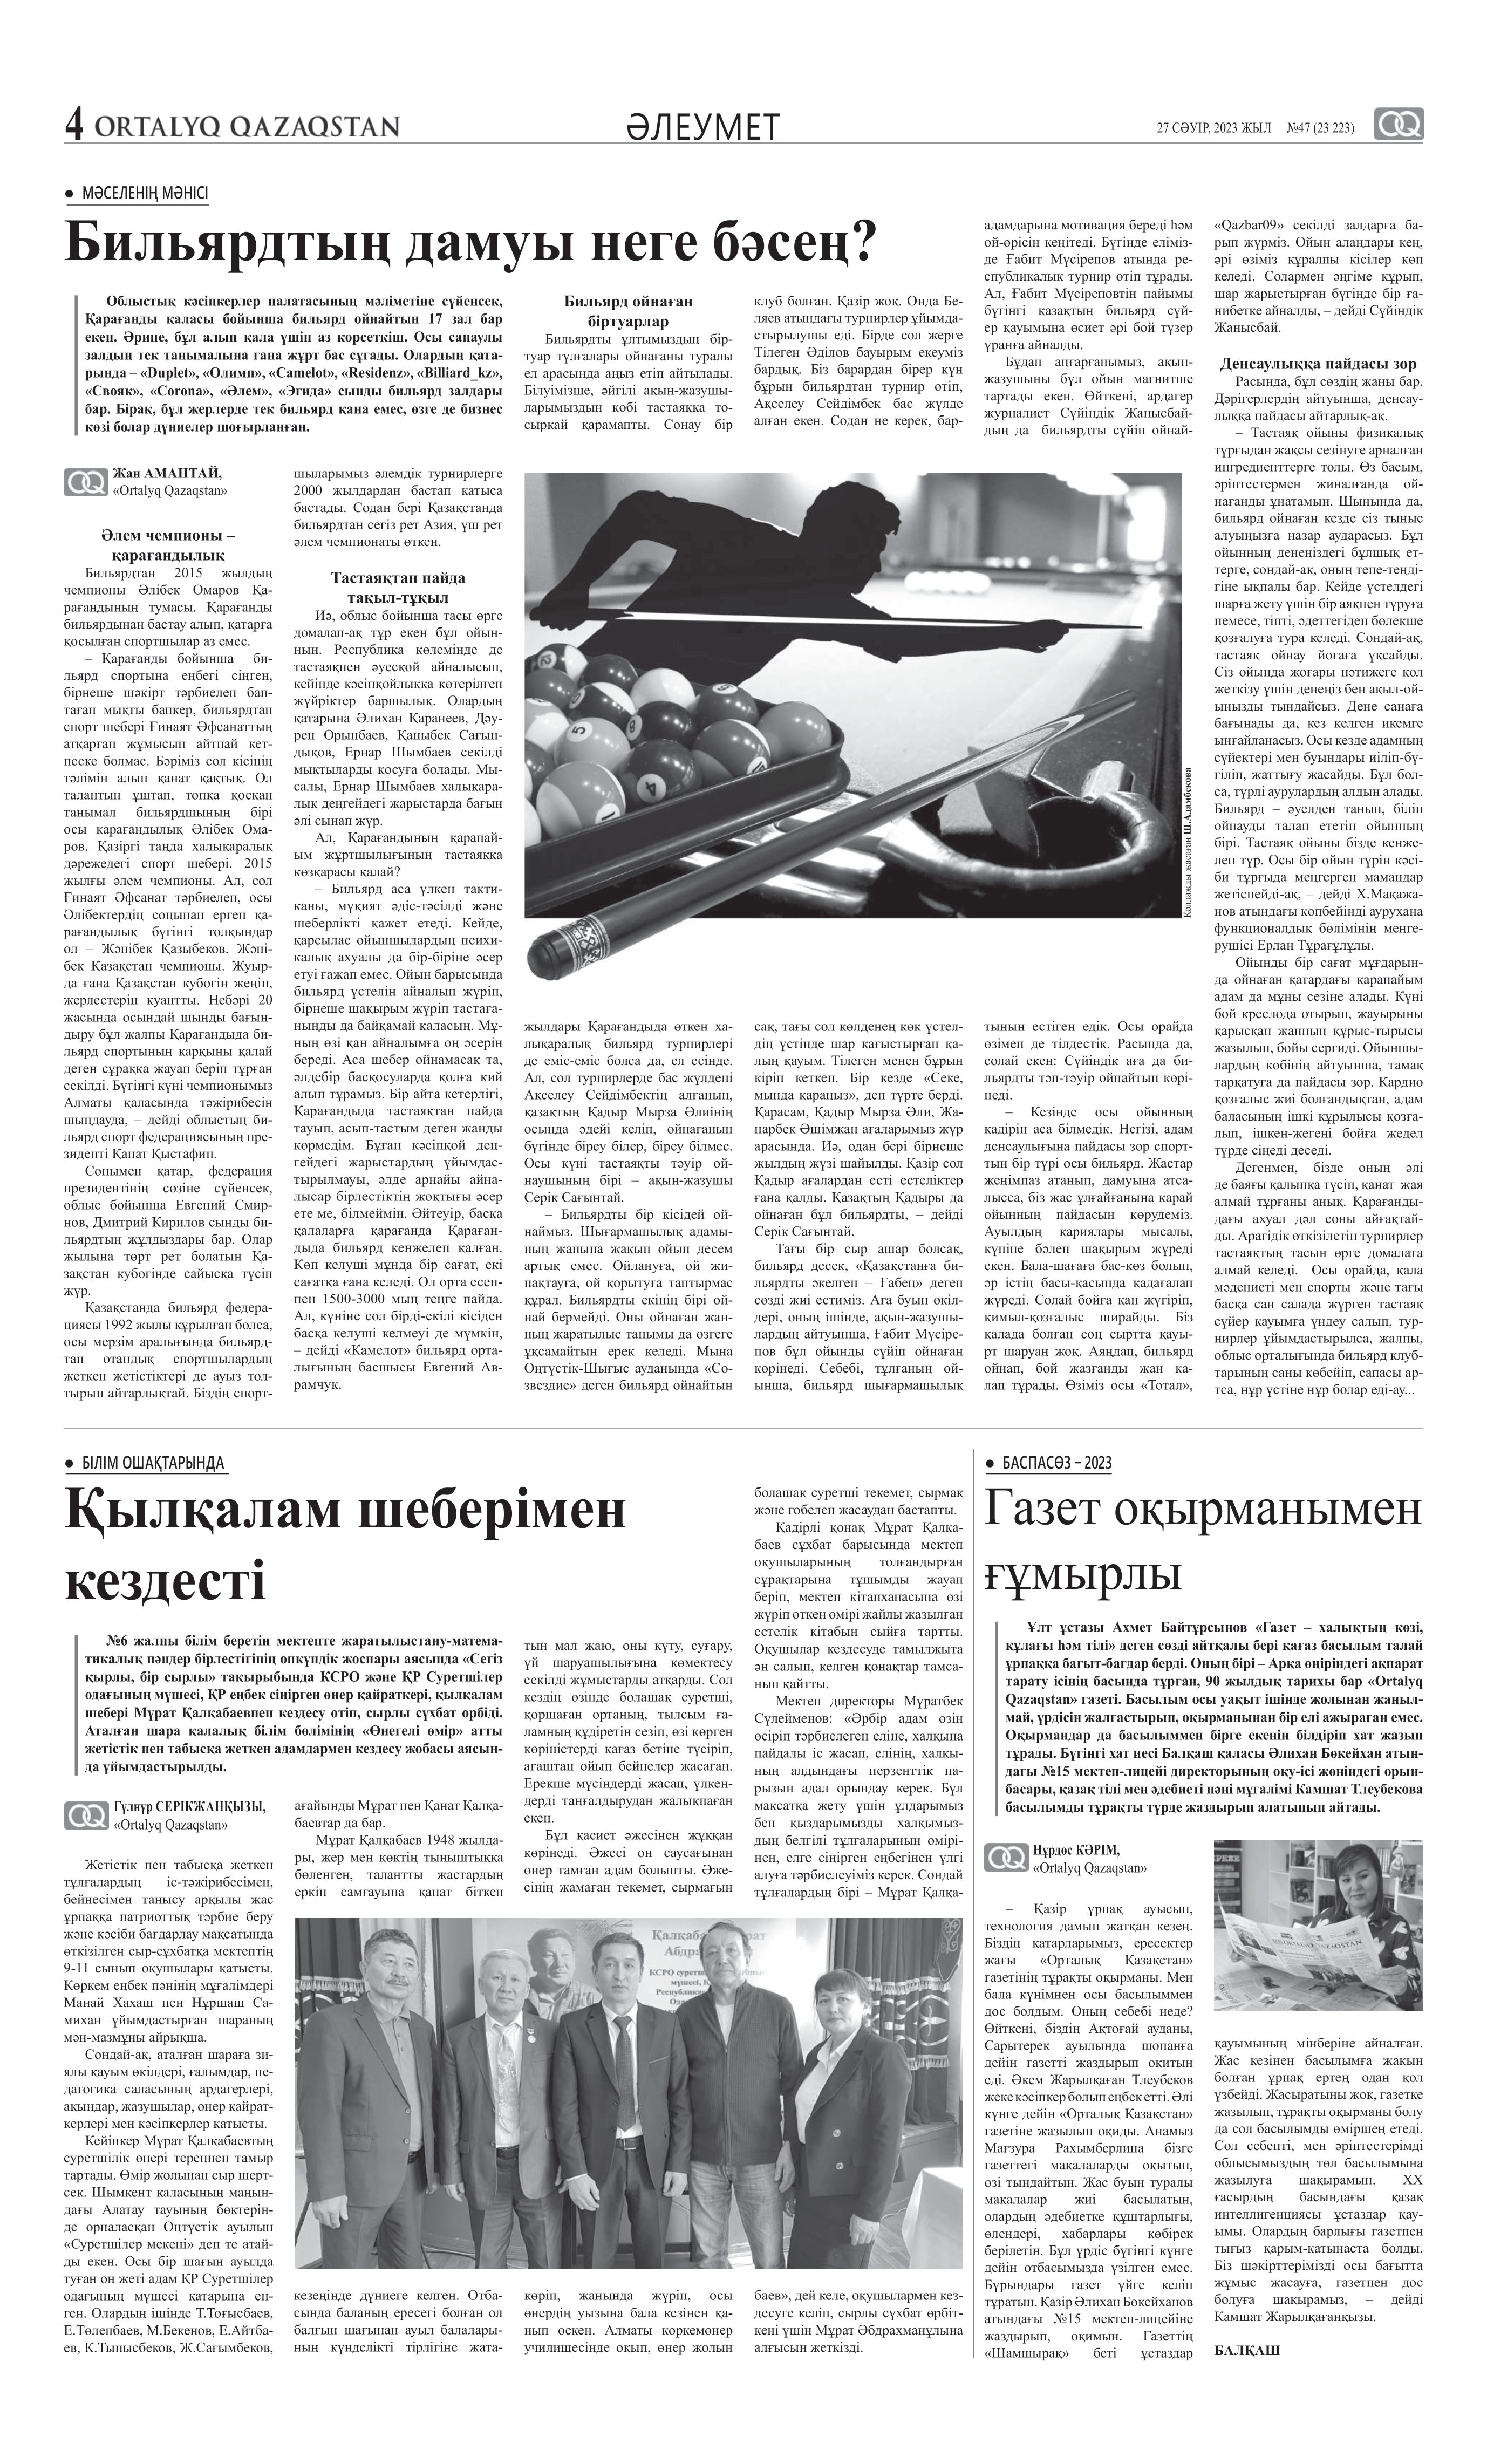
Language: kk